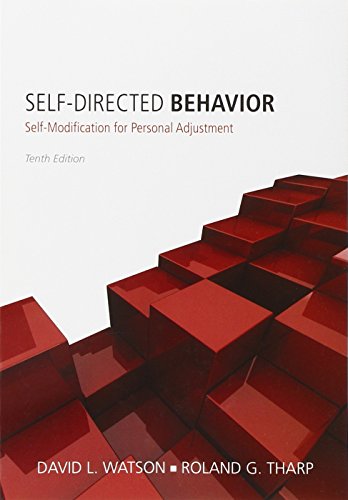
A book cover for Self-Directed Behavior: Self-Modification for Personal Adjustment; David L. Watson; Science & Math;